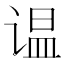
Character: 𲂑